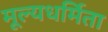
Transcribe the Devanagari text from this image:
मूल्यधर्मिता